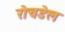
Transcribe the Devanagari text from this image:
रोचडेल